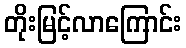
တိုးမြင့်လာကြောင်း